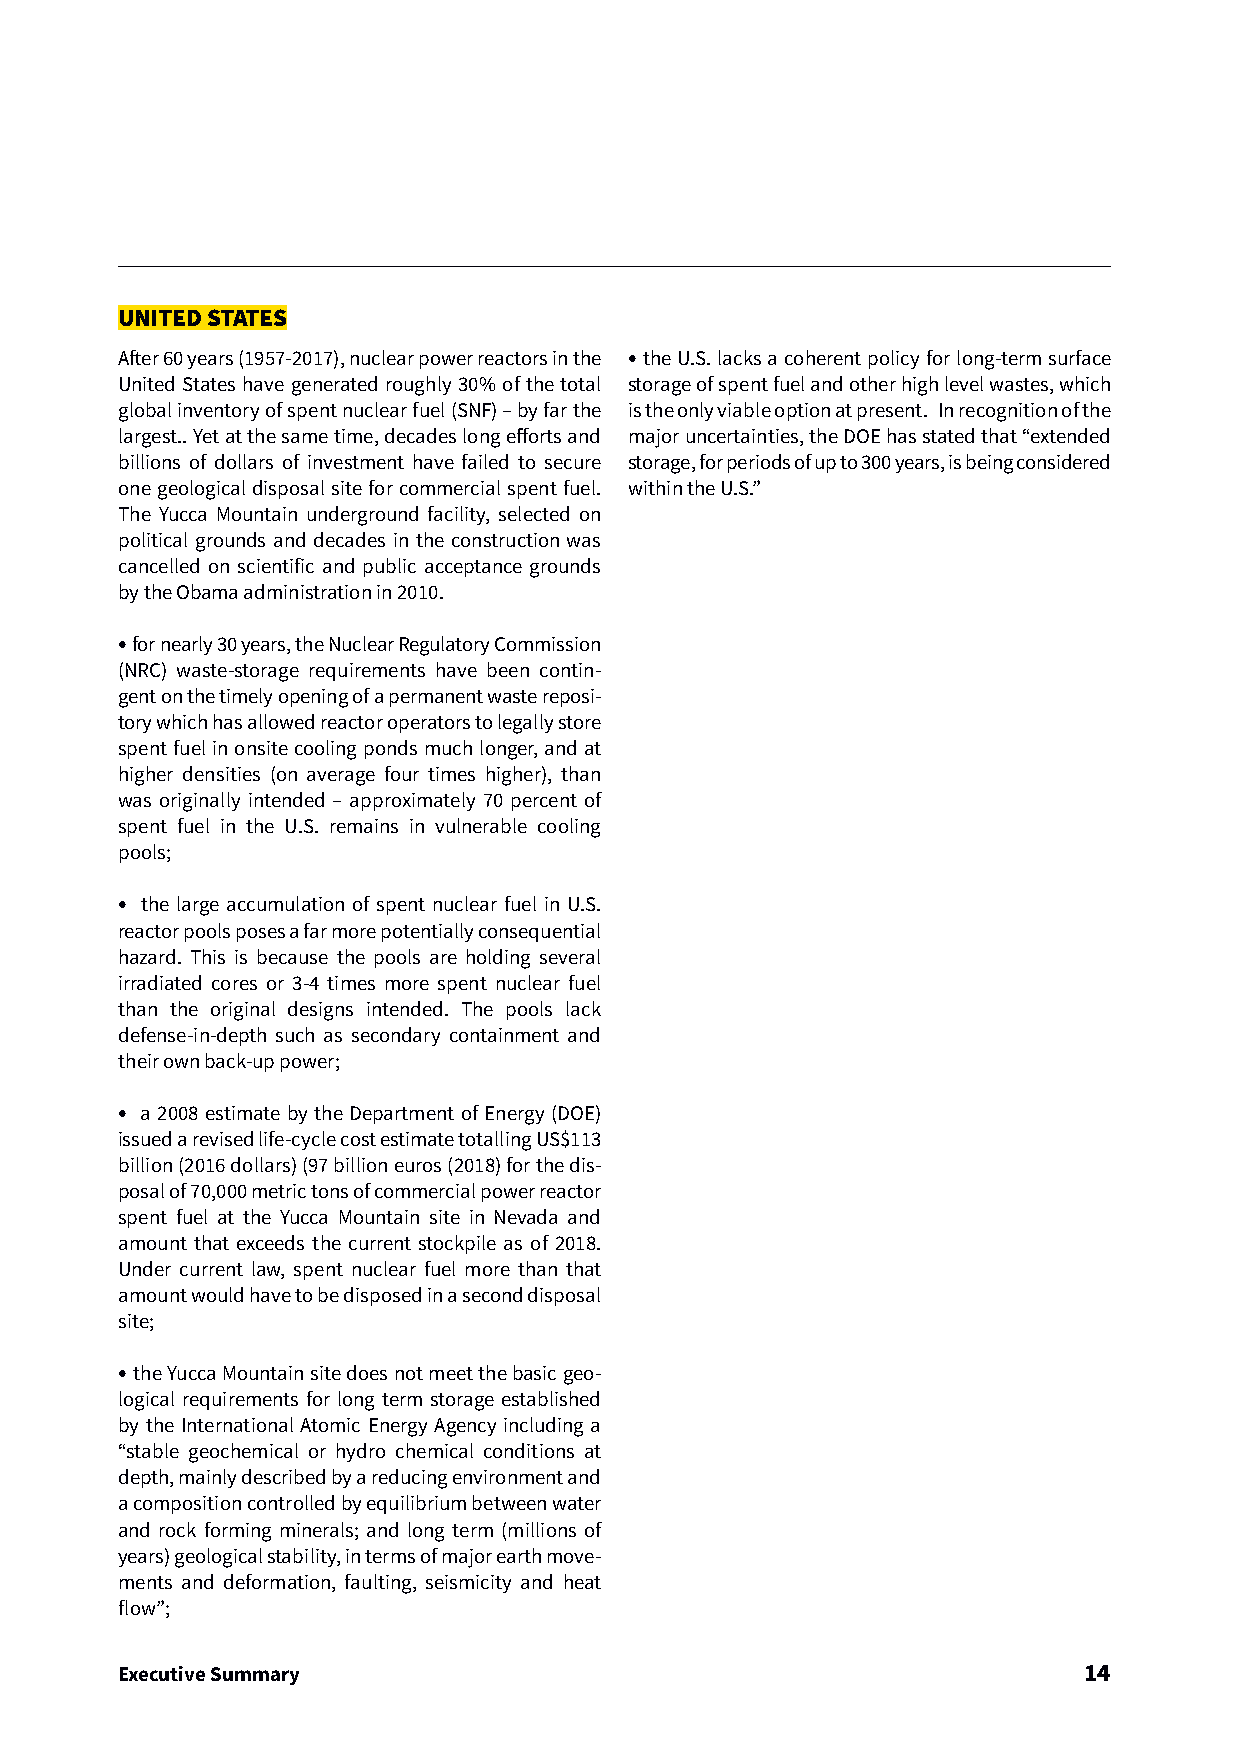
UNITED STATES
 After 60 years (1957-2017), nuclear power reactors in the • the U.S. lacks a coherent policy for long-term surface
 United States have generated roughly 30% of the total storage of spent fuel and other high level wastes, which
 global inventory of spent nuclear fuel (SNF) – by far the is the only viable option at present. In recognition of the
 largest.. Yet at the same time, decades long efforts and major uncertainties, the DOE has stated that “extended
 billions of dollars of investment have failed to secure storage, for periods of up to 300 years, is being considered
 one geological disposal site for commercial spent fuel. within the U.S.”
 The Yucca Mountain underground facility, selected on
 political grounds and decades in the construction was
 cancelled on scientific and public acceptance grounds
 by the Obama administration in 2010.
 • for nearly 30 years, the Nuclear Regulatory Commission
 (NRC) waste-storage requirements have been contin-
 gent on the timely opening of a permanent waste reposi-
 tory which has allowed reactor operators to legally store
 spent fuel in onsite cooling ponds much longer, and at
 higher densities (on average four times higher), than
 was originally intended – approximately 70 percent of
 spent fuel in the U.S. remains in vulnerable cooling
 pools;
 • the large accumulation of spent nuclear fuel in U.S.
 reactor pools poses a far more potentially consequential
 hazard. This is because the pools are holding several
 irradiated cores or 3-4 times more spent nuclear fuel
 than the original designs intended. The pools lack
 defense-in-depth such as secondary containment and
 their own back-up power;
 • a 2008 estimate by the Department of Energy (DOE)
 issued a revised life-cycle cost estimate totalling US$113
 billion (2016 dollars) (97 billion euros (2018) for the dis-
 posal of 70,000 metric tons of commercial power reactor
 spent fuel at the Yucca Mountain site in Nevada and
 amount that exceeds the current stockpile as of 2018.
 Under current law, spent nuclear fuel more than that
 amount would have to be disposed in a second disposal
 site;
 • the Yucca Mountain site does not meet the basic geo-
 logical requirements for long term storage established
 by the International Atomic Energy Agency including a
 “stable geochemical or hydro chemical conditions at
 depth, mainly described by a reducing environment and
 a composition controlled by equilibrium between water
 and rock forming minerals; and long term (millions of
 years) geological stability, in terms of major earth move-
 ments and deformation, faulting, seismicity and heat
 flow”;
 Executive Summary                                               14